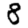
Digit: 8